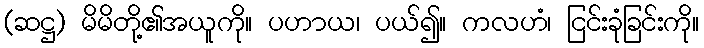
(ဆဋ္ဌ) မိမိတို့၏အယူကို။ ပဟာယ၊ ပယ်၍။ ကလဟံ၊ ငြင်းခုံခြင်းကို။